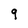
Character: 9